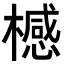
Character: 𣛴